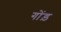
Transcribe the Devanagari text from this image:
गोंड़